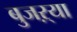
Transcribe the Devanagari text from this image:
बुजऱ्या